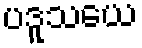
ပဒူသယေ